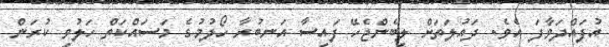
އުފައްދަވާފަ އެވެ. ދައުލަތަށް ލިބެންޖެހޭ ފައިސާ އަނބުރާ ހޯދުމުގެ މަސައްކަތް ހަލުވި ކުރަން